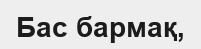
Бас бармақ,